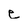
Character: e